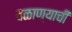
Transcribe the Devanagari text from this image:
वळाण्याची